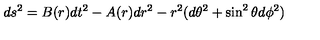
d s ^ { 2 } = B ( r ) d t ^ { 2 } - A ( r ) d r ^ { 2 } - r ^ { 2 } ( d \theta ^ { 2 } + \sin ^ { 2 } \theta d \phi ^ { 2 } )